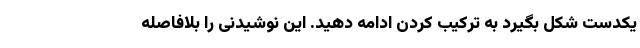
یکدست شکل بگیرد به ترکیب کردن ادامه دهید. این نوشیدنی را بلافاصله